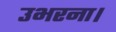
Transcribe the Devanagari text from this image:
उभरना।